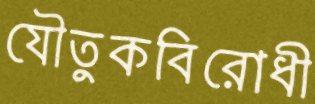
যৌতুকবিরোধী